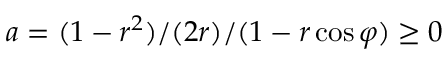
a = ( 1 - r ^ { 2 } ) / ( 2 r ) / ( 1 - r \cos \varphi ) \geq 0